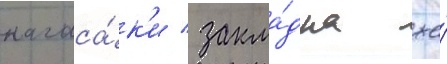
нагаса́к'и / закла́дка же́